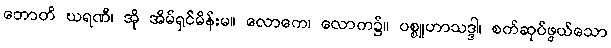
ဘောတိ ဃရဏီ၊ အို အိမ်ရှင်မိန်းမ။ လောကေ၊ လောက၌။ ပစ္စူဟာသဒ္ဒါ၊ စက်ဆုပ်ဖွယ်သော